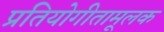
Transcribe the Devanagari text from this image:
प्रतियोगीतामूलक